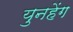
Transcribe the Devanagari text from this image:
युनहेंग